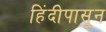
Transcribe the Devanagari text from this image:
हिंदीपासून